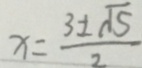
x = \frac { 3 \pm \sqrt { 5 } } { 2 }